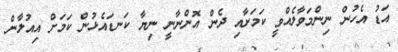
އަޑު އެހުން ނިންމަވާލެއްވީ ކަމަށާއި ދެން އޮންނާނީ ނިޔާ ކަނޑައެޅުން ކަމަށް އިއުލާން